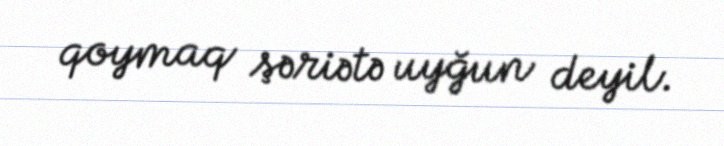
qoymaq şəriətə uyğun deyil.